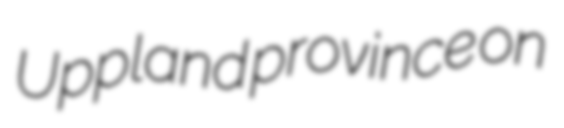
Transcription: Uppland province on